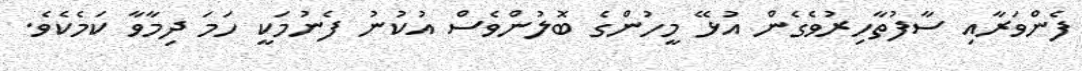
ފެންވަރާއި ސާފުތާހިރުވެގެން އުޅޭ މީހުންގެ ބޮލުންވެސް އުކުނު ފެނުމަކީ ހަމަ ދިމާވާ ކަމެކެވެ.